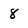
Character: 8